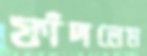
ফাঁদলেম